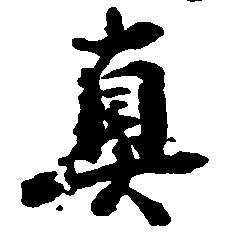
真